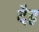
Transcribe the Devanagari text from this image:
दैह